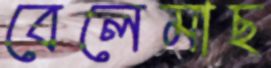
বেলেমাছ